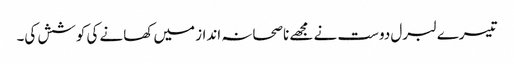
تیسرے لبرل دوست نے مجھے ناصحانہ انداز میں کھانے کی کوشش کی۔